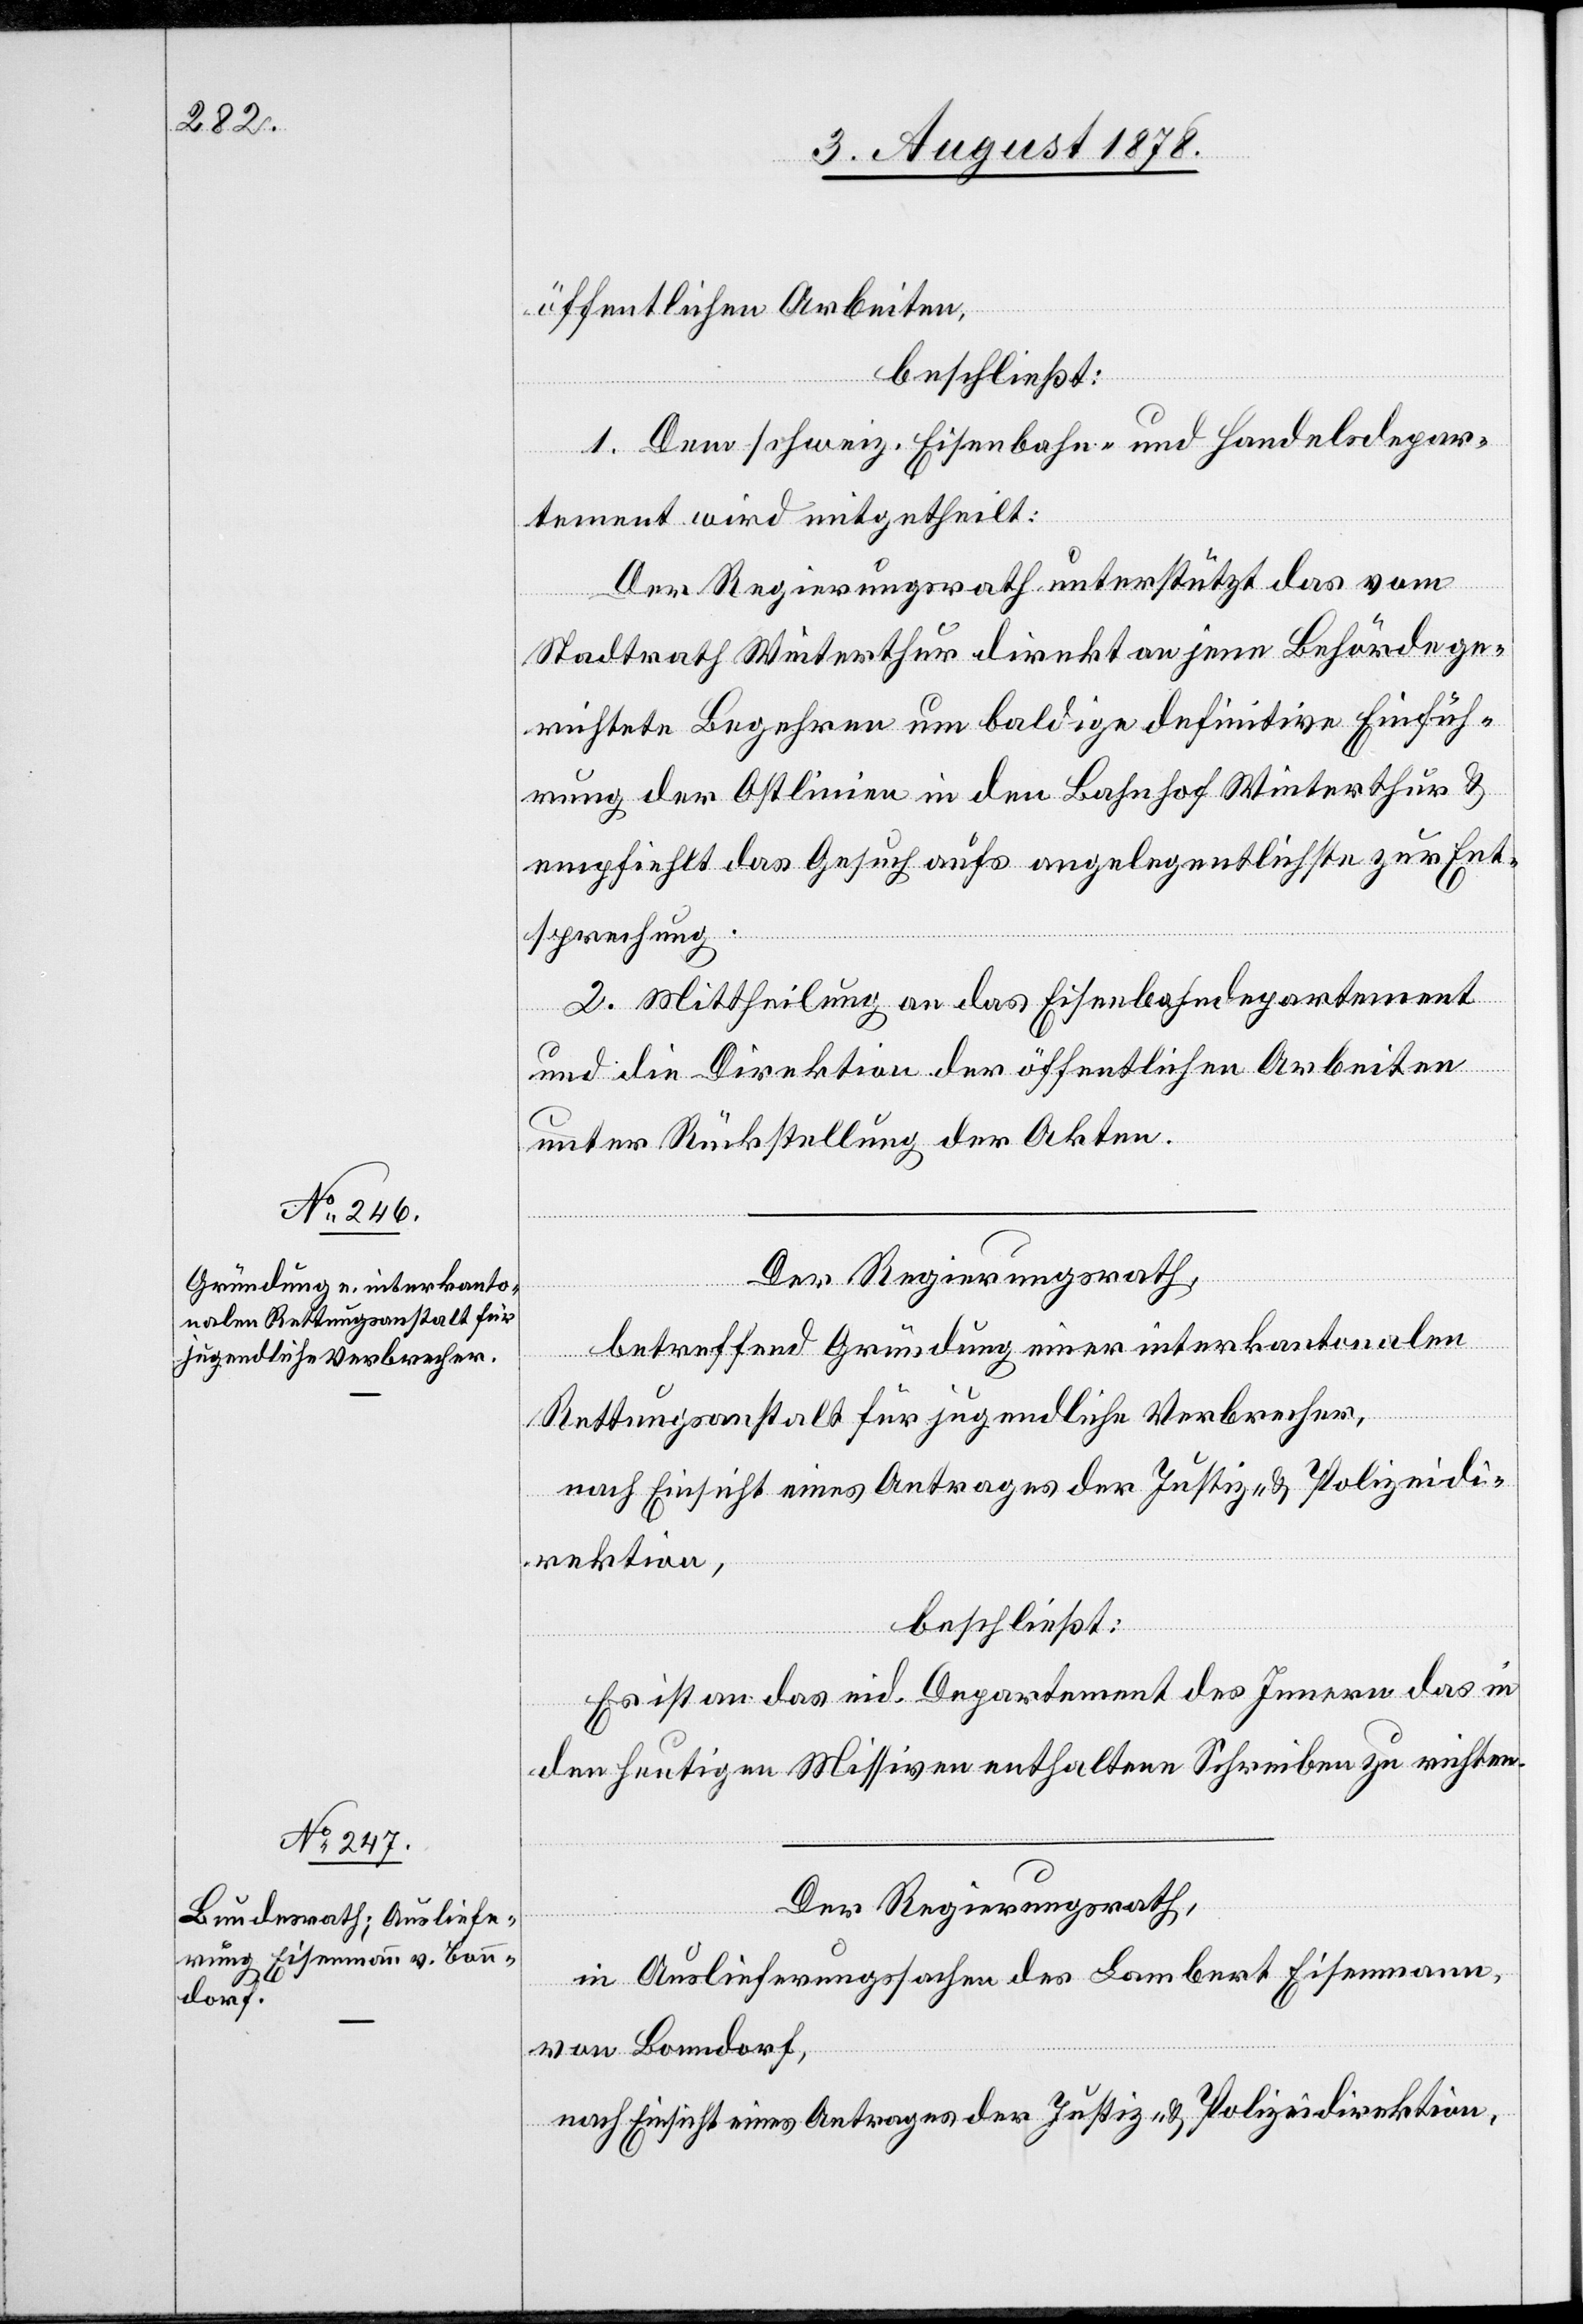
öffentlichen Arbeiten,
beschließt:
1. Dem schweiz. Eisenbahn- und Handelsdepar¬
tement wird mitgetheilt:
Der Regierungsrath unterstützt das vom
Stadtrath Winterthur direkt an jene Behörde ge¬
richtete Begehren um baldige definitive Einfüh¬
rung der Ostlinien in den Bahnhof Winterthur &
empfiehlt das Gesuch aufs angelegentlichste zur Ent¬
sprechung.
2. Mittheilung an das Eisenbahndepartement
und die Direktion der öffentlichen Arbeiten
unter Rückstellung der Akten.
Der Regierungsrath,
betreffend Gründung einer interkantonalen
Rettungsanstalt für jugendliche Verbrecher,
nach Einsicht eines Antrages der Justiz- & Polizeidi¬
rektion,
beschließt:
Es ist an das eid. Departement des Innern das in
den heutigen Missiven enthaltene Schreiben zu richten.
Der Regierungsrath,
in Auslieferungssachen des Lambert Eisenmann,
von Bonndorf,
nach Einsicht eines Antrages der Justiz- & Polizeidirektion,